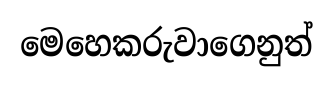
මෙහෙකරුවාගෙනුත්